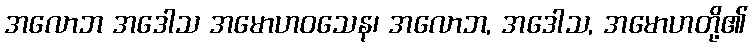
အလောဘ အဒေါသ အမောဟဝသေန၊ အလောဘ, အဒေါသ, အမောဟတို့၏